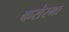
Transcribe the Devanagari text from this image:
कसेरमा